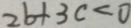
2 b + 3 c < 0